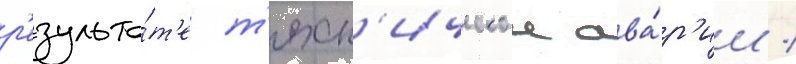
р'езульта́т'е т'ехн'ическои ава́р'ии /